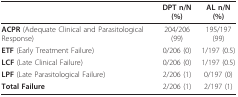
|  | DPT n/N (%) | AL n/N (%) |
 | --- | --- | --- |
 | ACPR (Adequate Clinical and Parasitological Response) | 204/206 (99) | 195/197 (99) |
 | ETF (Early Treatment Failure) | 0/206 (0) | 1/197 (0.5) |
 | LCF (Late Clinical Failure) | 0/206 (0) | 1/197 (0.5) |
 | LPF (Late Parasitological Failure) | 2/206 (1) | 0/197 (0) |
 | Total Failure | 2/206 (1) | 2/197 (1) |